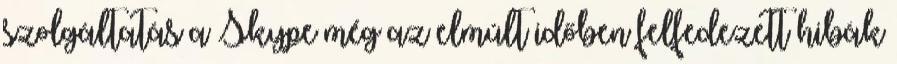
szolgáltatás a Skype még az elmúlt időben felfedezett hibák